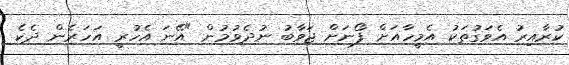
ކުރާއިރު އެވަގުތަކު އެމީހާއަށް ފޯނަށް ޖަވާބު ނުދެވުމުން "އޭނަ އެހުރީ އަހަރެން ދެކެ